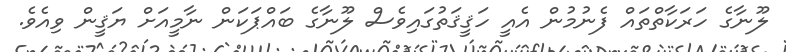
ލޫނާގެ ހަރަކާތްތައް ފެނުމުން އެއީ ހަޤީޤަތުގައިވެސް ލޫނާގެ ބައްޕަކަން ނާމީއަށް ޔަޤީން ވިއެވެ.